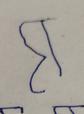
Signature authenticity: forged